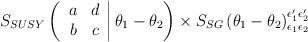
LaTeX: \begin{align*}S_{SUSY}\left( \left. \begin{array}{cc}a & d\\b & c\end{array}\right| \theta _{1}-\theta _{2}\right) \times S_{SG}\left( \theta _{1}-\theta _{2}\right) ^{\epsilon '_{1}\epsilon '_{2}}_{\epsilon _{1}\epsilon _{2}}\end{align*}